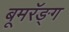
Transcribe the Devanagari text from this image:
बूमरॅङ्ग